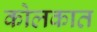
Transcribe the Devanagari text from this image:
कोलकात